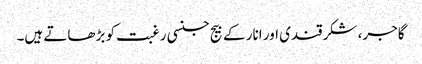
گاجر، شکرقندی اور انار کے بیج جنسی رغبت کو بڑھاتے ہیں۔